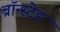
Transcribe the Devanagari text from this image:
ब्रॉन्स्टेड